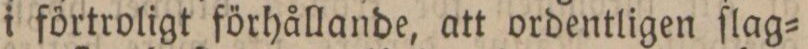
i förtroligt förhållande, att ordentligen ſlag=